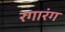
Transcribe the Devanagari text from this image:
रगारंग